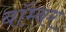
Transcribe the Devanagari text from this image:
बाॅम्बर